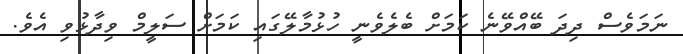
ނަމަވެސް ދިދަ ބޭއްވޭނެ ކަމަށް ބެލެވެނީ ހުޅުމާލޭގައި ކަމަށް ސަލީމް ވިދާޅުވި އެވެ.